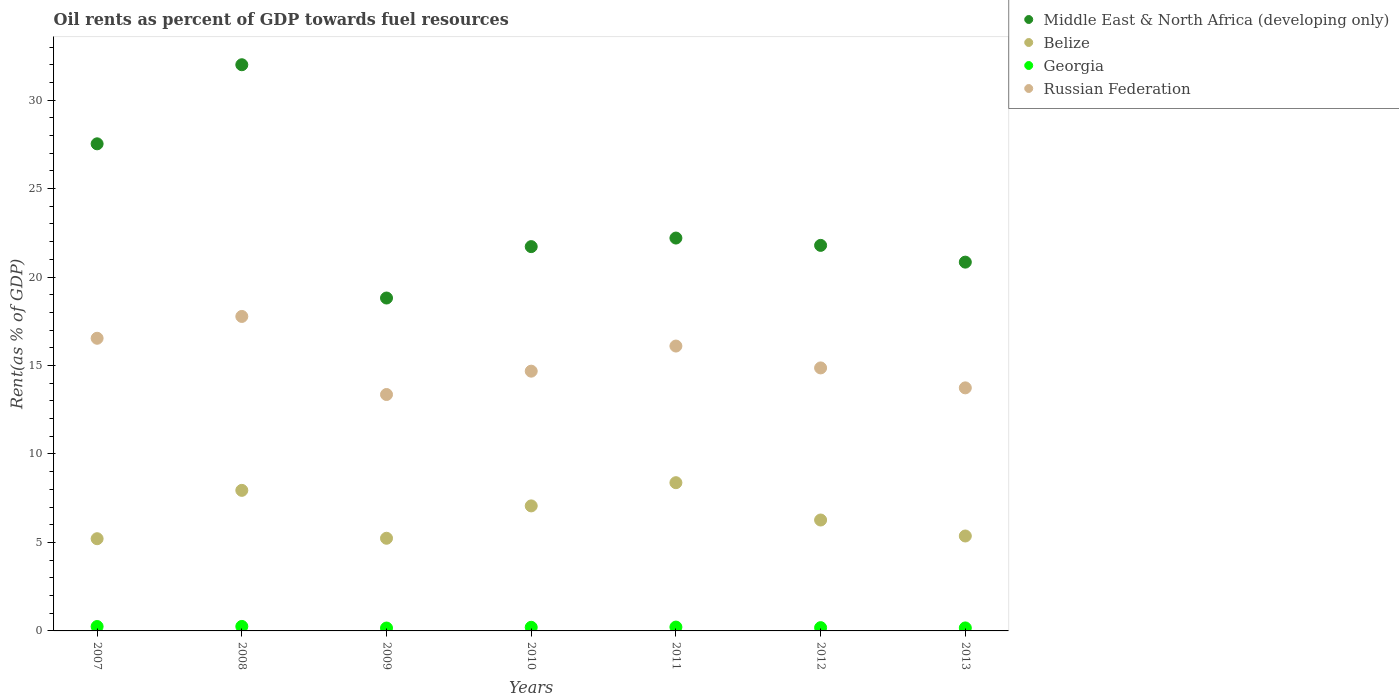
| Years | Middle East & North Africa (developing only) | Belize | Georgia | Russian Federation |
 | --- | --- | --- | --- | --- |
 | 2007 | 27.5 | 5.21 | 0.249 | 16.5 |
 | 2008 | 32 | 7.94 | 0.254 | 17.8 |
 | 2009 | 18.8 | 5.24 | 0.163 | 13.4 |
 | 2010 | 21.7 | 7.07 | 0.204 | 14.7 |
 | 2011 | 22.2 | 8.38 | 0.217 | 16.1 |
 | 2012 | 21.8 | 6.27 | 0.185 | 14.9 |
 | 2013 | 20.8 | 5.37 | 0.169 | 13.7 |